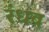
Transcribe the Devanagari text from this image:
रंधव